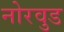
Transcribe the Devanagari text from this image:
नोरवुड